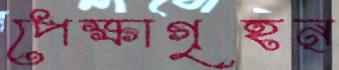
পেক্ষাগৃহন্